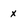
Character: x